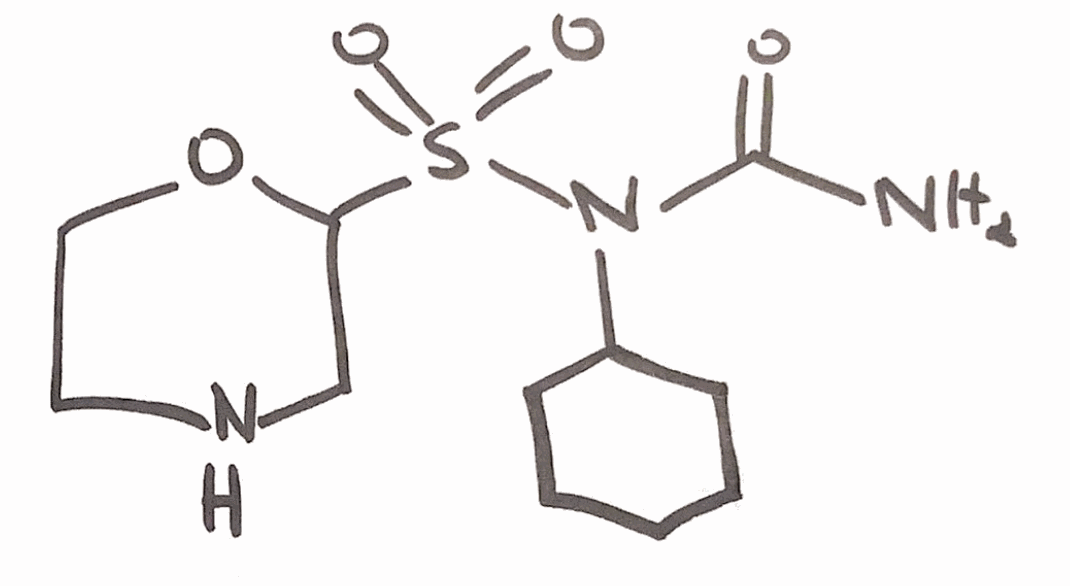
Simplified molecular-input line-entry system (SMILES) notation of the given molecule:
C1CCC(CC1)N(C(=O)N)S(=O)(=O)C2CNCCO2